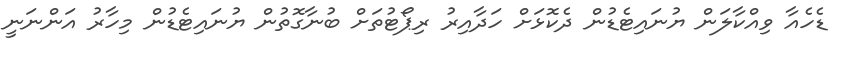
ޑެހެއާ ވިއްކާލަން ޔުނައިޓެޑުން ދެކޮޅަށް ހަދާއިރު ރިޕޯޓުތަށް ބުނާގޮތުން ޔުނައިޓެޑުން މިހާރު އަންނަނީ